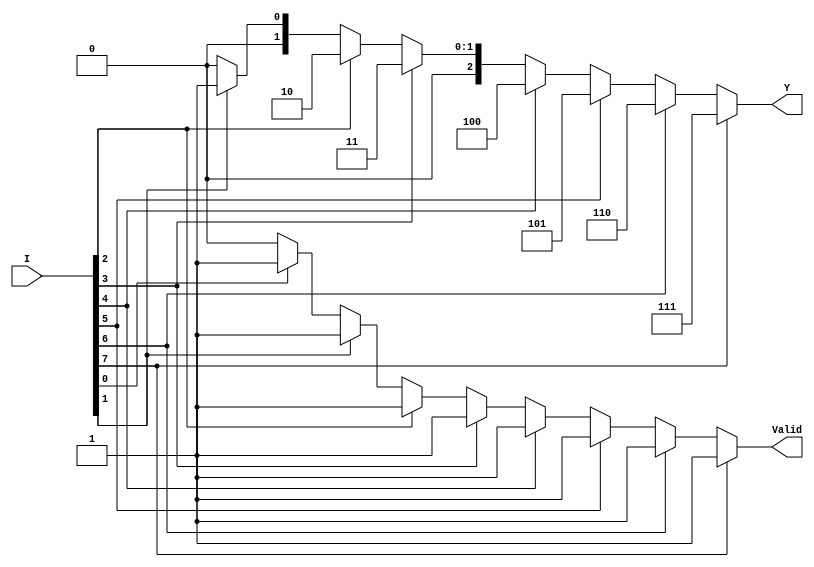
module encoder_8_to_3 (
    input wire [7:0] I,   // 8 input lines (I0 to I7)
    output reg [2:0] Y,   // 3-bit output
    output reg Valid       // Valid signal
);

always @(*) begin
    // Default values
    Y = 3'b000;           // Default output
    Valid = 1'b0;        // Default valid signal

    // Priority encoding
    if (I[7]) begin
        Y = 3'b111; // I7 is active
        Valid = 1'b1;
    end
    else if (I[6]) begin
        Y = 3'b110; // I6 is active
        Valid = 1'b1;
    end
    else if (I[5]) begin
        Y = 3'b101; // I5 is active
        Valid = 1'b1;
    end
    else if (I[4]) begin
        Y = 3'b100; // I4 is active
        Valid = 1'b1;
    end
    else if (I[3]) begin
        Y = 3'b011; // I3 is active
        Valid = 1'b1;
    end
    else if (I[2]) begin
        Y = 3'b010; // I2 is active
        Valid = 1'b1;
    end
    else if (I[1]) begin
        Y = 3'b001; // I1 is active
        Valid = 1'b1;
    end
    else if (I[0]) begin
        Y = 3'b000; // I0 is active
        Valid = 1'b1;
    end
    // If no inputs are active, Y remains 000 and Valid remains 0
end

endmodule